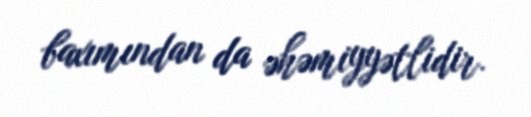
baxımından da əhəmiyyətlidir.